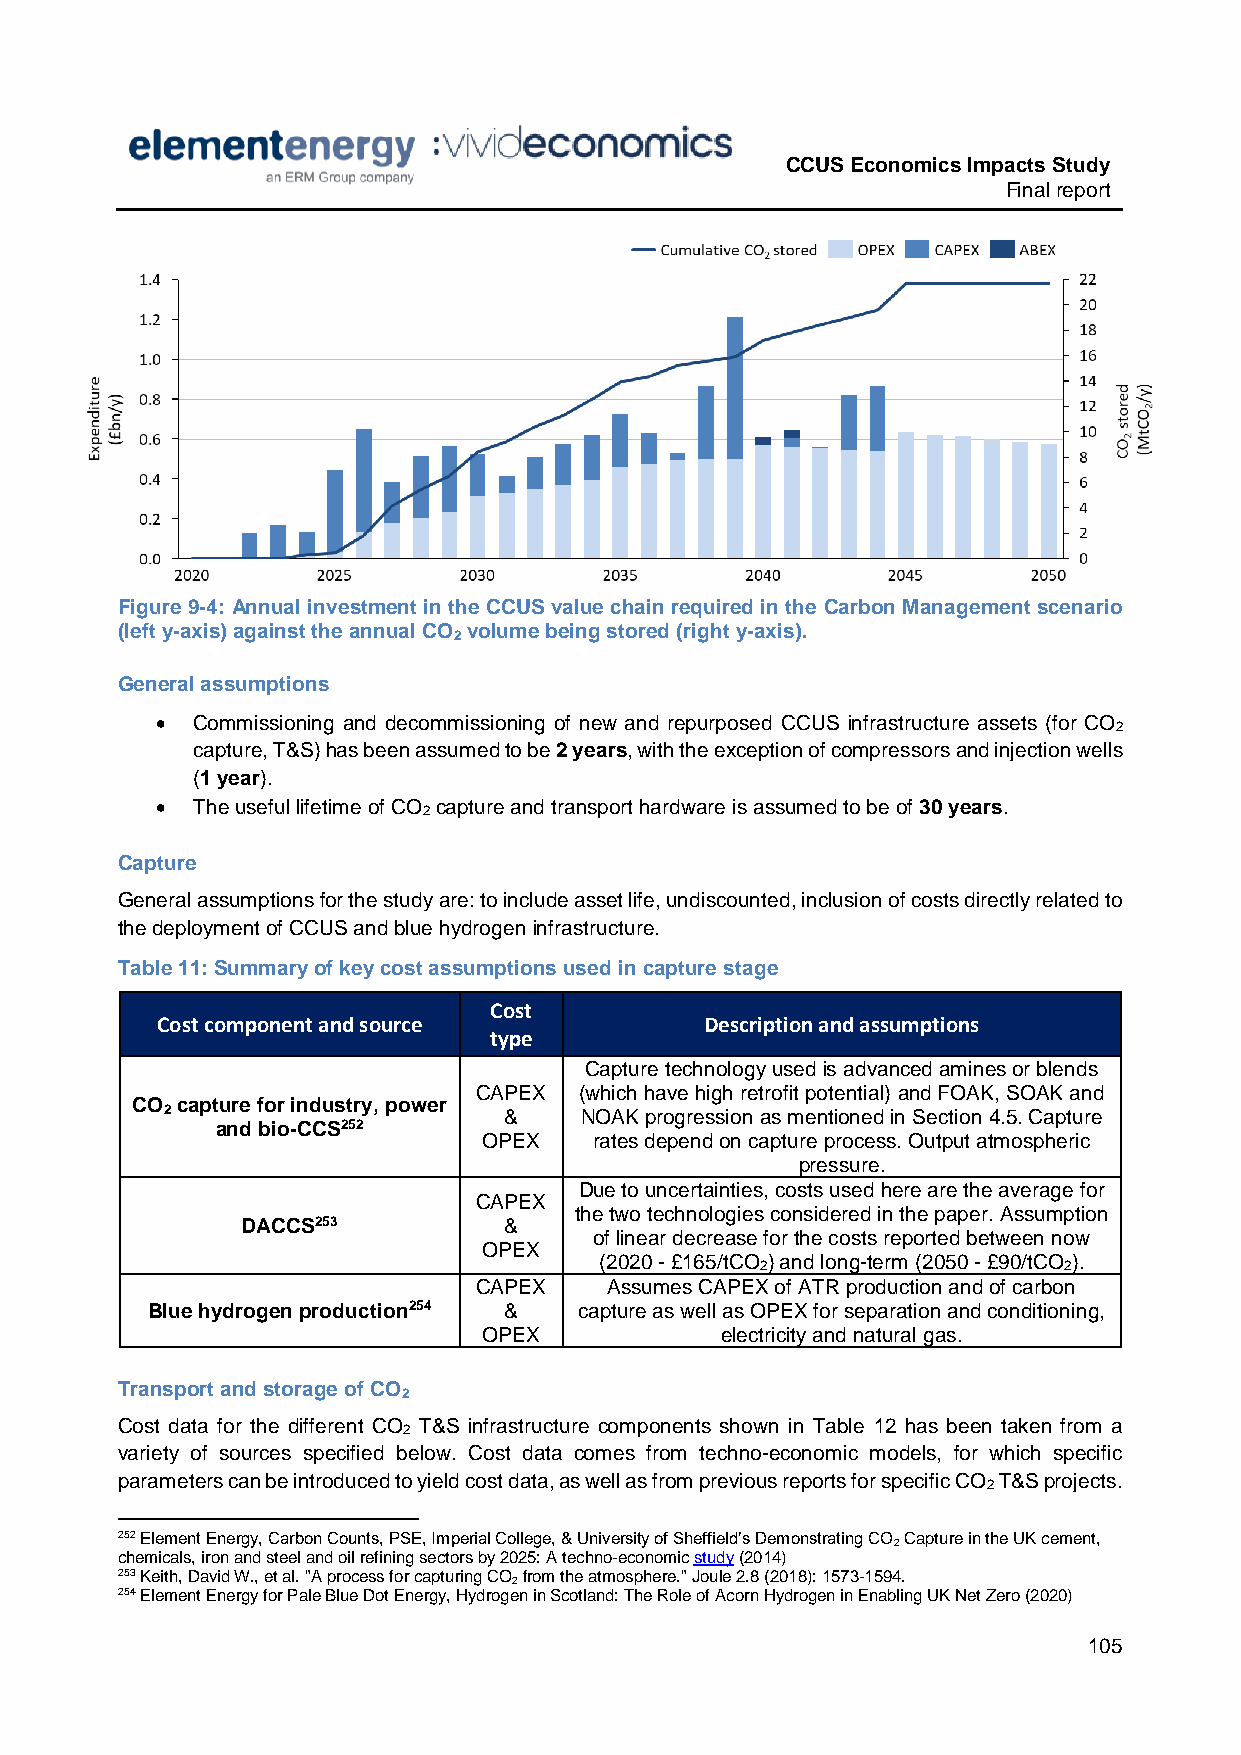
CCUS Economics Impacts Study
 Final report
 Figure 9-4: Annual investment in the CCUS value chain required in the Carbon Management scenario
 (left y-axis) against the annual CO volume being stored (right y-axis).
 2
 General assumptions
   Commissioning and decommissioning of new and repurposed CCUS infrastructure assets (for CO
 2
 capture, T&S) has been assumed to be 2 years, with the exception of compressors and injection wells
 (1 year).
   The useful lifetime of CO capture and transport hardware is assumed to be of 30 years.
 2
 Capture
 General assumptions for the study are: to include asset life, undiscounted, inclusion of costs directly related to
 the deployment of CCUS and blue hydrogen infrastructure.
 Table 11: Summary of key cost assumptions used in capture stage
 Cost
 Cost component and source            Description and assumptions
 type
 Capture technology used is advanced amines or blends
 CAPEX  (which have high retrofit potential) and FOAK, SOAK and
 CO capture for industry, power
 2                     &    NOAK progression as mentioned in Section 4.5. Capture
 and bio-CCS252
 OPEX   rates depend on capture process. Output atmospheric
 pressure.
 Due to uncertainties, costs used here are the average for
 CAPEX
 the two technologies considered in the paper. Assumption
 DACCS253         &
 of linear decrease for the costs reported between now
 OPEX
 (2020 - £165/tCO ) and long-term (2050 - £90/tCO ).
 2                   2
 CAPEX    Assumes CAPEX of ATR production and of carbon
 Blue hydrogen production254 & capture as well as OPEX for separation and conditioning,
 OPEX            electricity and natural gas.
 Transport and storage of CO
 2
 Cost data for the different CO T&S infrastructure components shown in Table 12 has been taken from a
 2
 variety of sources specified below. Cost data comes from techno-economic models, for which specific
 parameters can be introduced to yield cost data, as well as from previous reports for specific CO T&S projects.
 2
 252 Element Energy, Carbon Counts, PSE, Imperial College, & University of Sheffield’s Demonstrating CO Capture in the UK cement,
 2
 chemicals, iron and steel and oil refining sectors by 2025: A techno-economic study (2014)
 253 Keith, David W., et al. "A process for capturing CO from the atmosphere." Joule 2.8 (2018): 1573-1594.
 2
 254 Element Energy for Pale Blue Dot Energy, Hydrogen in Scotland: The Role of Acorn Hydrogen in Enabling UK Net Zero (2020)
 105